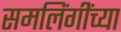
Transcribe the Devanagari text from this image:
समलिंगींच्या